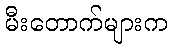
မီးတောက်များက